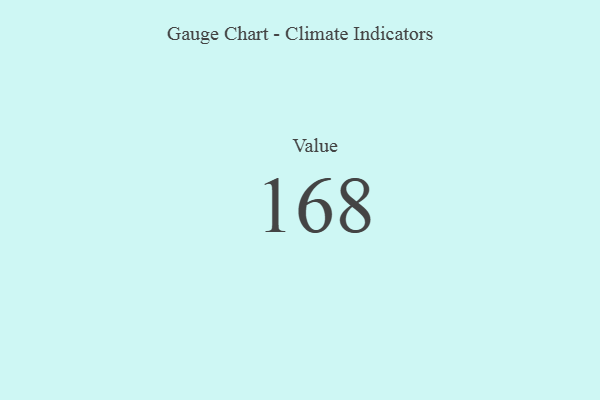
{"axis": {"x": "Metric", "y": "Value"}, "legend": [""], "data": [{"x": "Value", "y": 168, "type": ""}]}